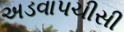
અડવાપચીસી